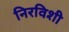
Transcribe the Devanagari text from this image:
निरविशी